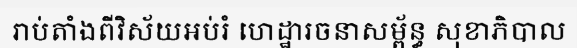
រាប់តាំងពីវិស័យអប់រំ ហេដ្ឋារចនាសម្ព័ន្ធ សុខាភិបាល